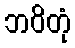
ဘဝိတုံ